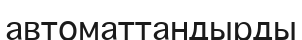
автоматтандырды